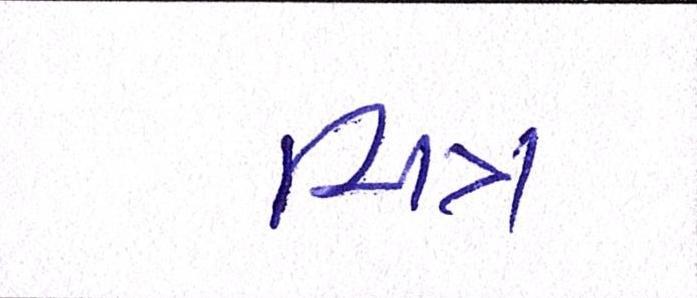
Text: ચિત્ર